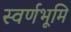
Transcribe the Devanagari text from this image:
स्वर्णभूमि